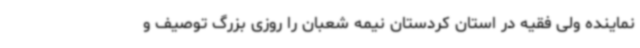
نماینده ولی فقیه در استان کردستان نیمه شعبان را روزی بزرگ توصیف و